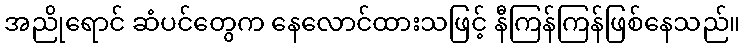
အညိုရောင် ဆံပင်တွေက နေလောင်ထားသဖြင့် နီကြန်ကြန်ဖြစ်နေသည်။